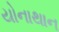
યોનાથાન